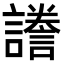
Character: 𧬸